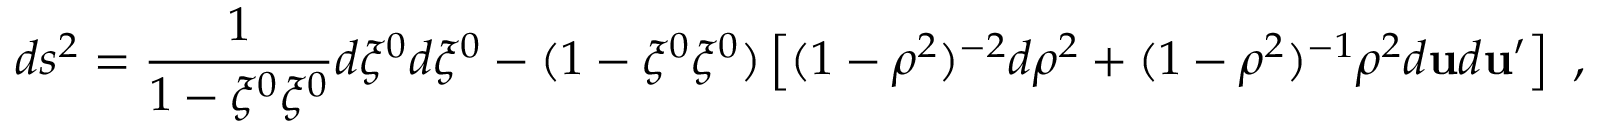
d s ^ { 2 } = \frac { 1 } { 1 - \xi ^ { 0 } \xi ^ { 0 } } d \xi ^ { 0 } d \xi ^ { 0 } - ( 1 - \xi ^ { 0 } \xi ^ { 0 } ) \left[ ( 1 - \rho ^ { 2 } ) ^ { - 2 } d \rho ^ { 2 } + ( 1 - \rho ^ { 2 } ) ^ { - 1 } \rho ^ { 2 } d { \bf u } d { \bf u } ^ { \prime } \right] ~ ,